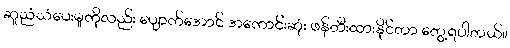
ဆူညံသံပေးမှုကိုလည်း ပျောက်အောင် အကောင်းဆုံး ဖန်တီးထားနိုင်တာ တွေ့ရပါတယ်။